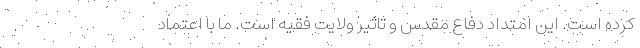
کرده است. این امتداد دفاع مقدس و تاثیر ولایت فقیه است. ما با اعتماد